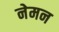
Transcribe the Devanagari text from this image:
नेमन